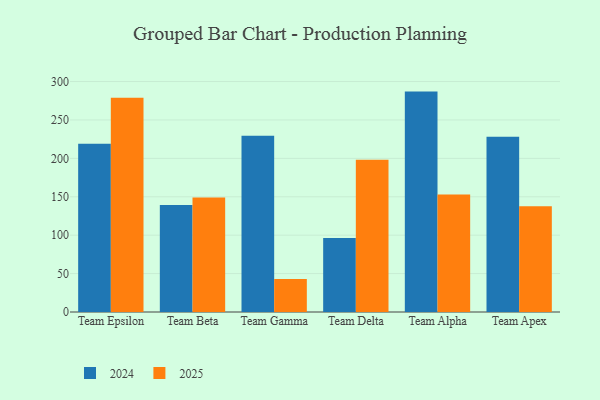
{"axis": {"x": "Team", "y": "Population (Million)"}, "legend": ["2024", "2025"], "data": [{"x": "Team Epsilon", "y": 219.0, "type": "2024"}, {"x": "Team Epsilon", "y": 279.0, "type": "2025"}, {"x": "Team Beta", "y": 139.3, "type": "2024"}, {"x": "Team Beta", "y": 149.2, "type": "2025"}, {"x": "Team Gamma", "y": 229.3, "type": "2024"}, {"x": "Team Gamma", "y": 42.9, "type": "2025"}, {"x": "Team Delta", "y": 96.4, "type": "2024"}, {"x": "Team Delta", "y": 198.2, "type": "2025"}, {"x": "Team Alpha", "y": 286.9, "type": "2024"}, {"x": "Team Alpha", "y": 153.0, "type": "2025"}, {"x": "Team Apex", "y": 228.1, "type": "2024"}, {"x": "Team Apex", "y": 137.6, "type": "2025"}]}